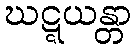
ဃဋ္ဋယန္တာ